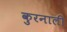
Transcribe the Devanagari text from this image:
कुरनाली